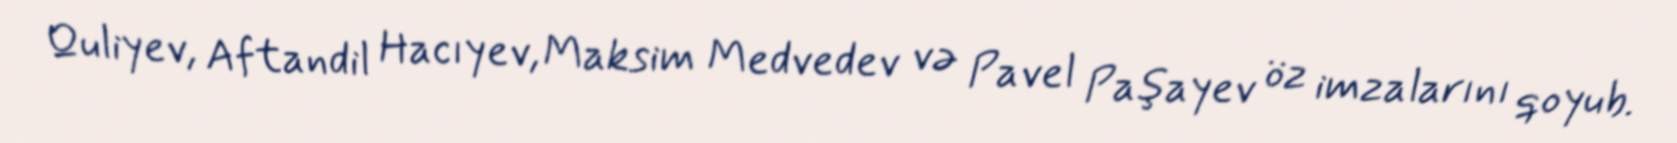
Quliyev, Aftandil Hacıyev, Maksim Medvedev və Pavel Paşayev öz imzalarını qoyub.